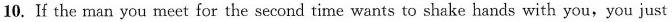
10. If the man you meet for the second time wants to shake hands with you,you just